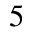
5